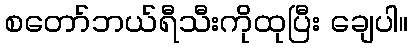
စတော်ဘယ်ရီသီးကိုထုပြီး ချေပါ။